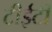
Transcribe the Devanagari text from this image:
टीईटी